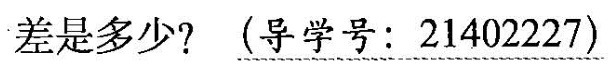
差是多少?(\underline{导学号：21402227})